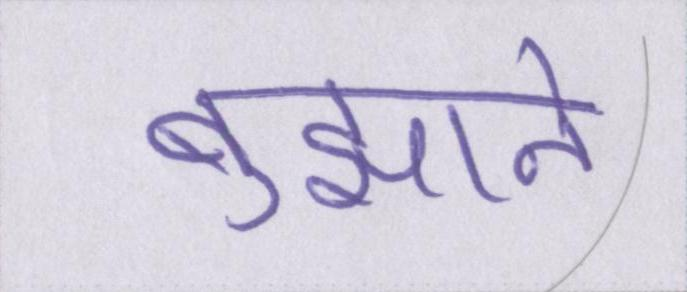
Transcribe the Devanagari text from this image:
बुझाने